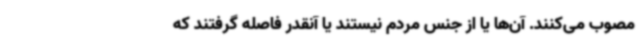
مصوب می‌کنند. آن‌ها یا از جنس مردم نیستند یا آنقدر فاصله گرفتند که